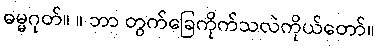
ဓမ္မဂုတ်။ ။ ဘာ တွက်ခြေကိုက်သလဲကိုယ်တော်။